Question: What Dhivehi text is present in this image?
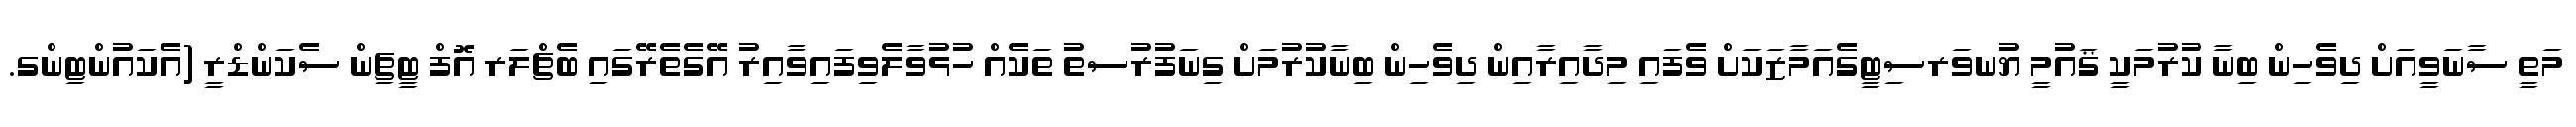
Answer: މަތީ ސާނަވީއަށް ދިވެހިން ބިނާ ކުރުމަކީ ޤައުމީ ޔުނވަރސިޓީގެއަމާޒަކަށް ވެފައި މިދާއިރާއިން ދިވެހިން ބިނާކުރުމަށް ގިނަފުރުސތު ތަކެއް ހުޅުވާލެވިފައިވާއިރު އޭގެތެރޭގައި ބެޗްލަރ އޮފް ޓީޗިން ސެކަންޑްރީ (އެކައުންޓިންގ.